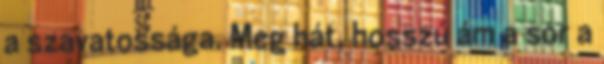
a szavatossága. Meg hát, hosszú ám a sor a